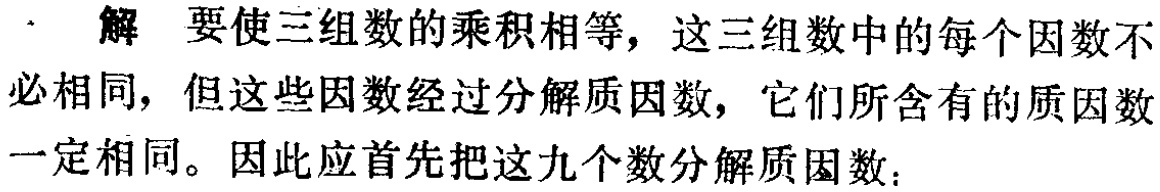
解 要使三组数的乘积相等，这三组数中的每个因数不必相同，但这些因数经过分解质因数，它们所含有的质因数一定相同。因此应首先把这九个数分解质因数：